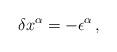
LaTeX: \begin{align*}\delta x^\alpha=-\epsilon^\alpha\,,\end{align*}